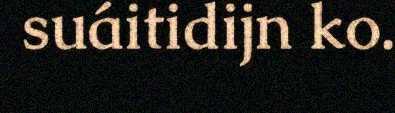
suáitidijn ko.